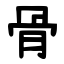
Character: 骨